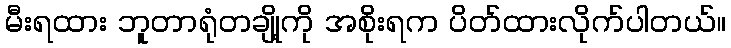
မီးရထား ဘူတာရုံတချို့ကို အစိုးရက ပိတ်ထားလိုက်ပါတယ်။